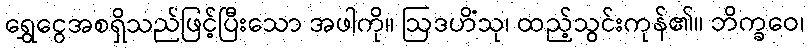
ရွှေငွေအစရှိသည်ဖြင့်ပြီးသော အဖါကို။ ဩဒဟိံသု၊ ထည့်သွင်းကုန်၏။ ဘိက္ခဝေ၊